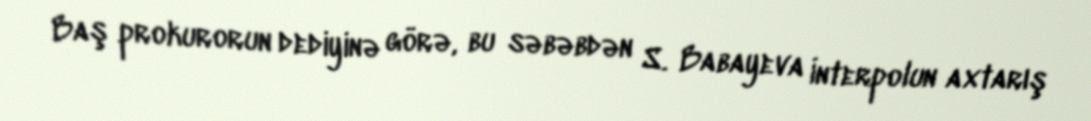
Baş prokurorun dediyinə görə, bu səbəbdən S. Babayeva İnterpolun axtarış